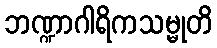
ဘဏ္ဍာဂါရိကသမ္မုတိ